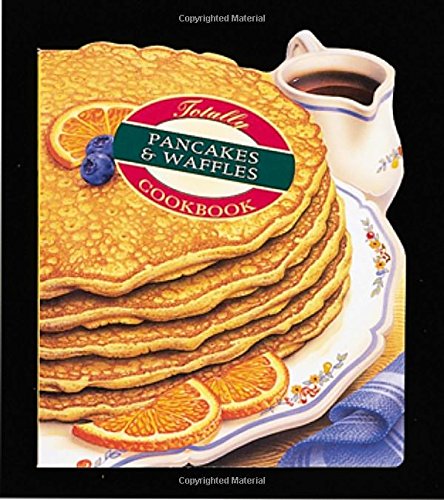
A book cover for Totally Pancakes and Waffles Cookbook (Totally Cookbooks); Helene Siegel; Cookbooks, Food & Wine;